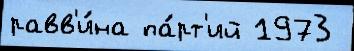
равв'и́на па́рт'ий 1973